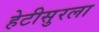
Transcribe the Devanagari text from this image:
हेटीसुरला